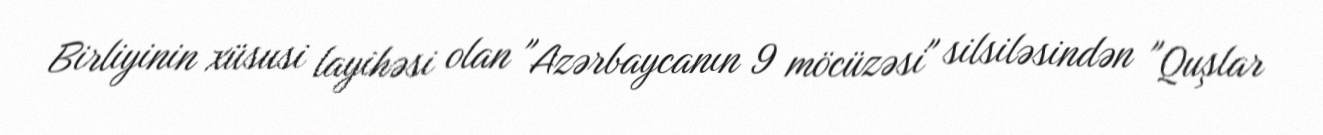
Birliyinin xüsusi layihəsi olan "Azərbaycanın 9 möcüzəsi" silsiləsindən "Quşlar